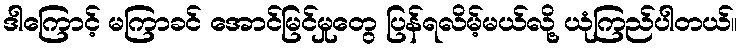
ဒါကြောင့် မကြာခင် အောင်မြင်မှုတွေ ပြန်ရလိမ့်မယ်လို့ ယုံကြည်ပါတယ်။